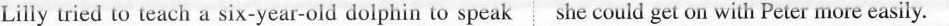
Lilly tried to teach a six-year-old dolphin to speak she could get on with Peter more easily.